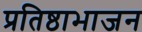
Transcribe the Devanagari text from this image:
प्रतिष्ठाभाजन